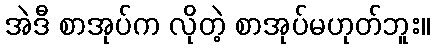
အဲဒီ စာအုပ်က လိုတဲ့ စာအုပ်မဟုတ်ဘူး။